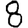
Digit: 8